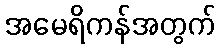
အမေရိကန်အတွက်